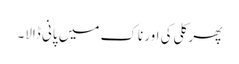
پھر کلی کی اور ناک میں پانی ڈالا۔